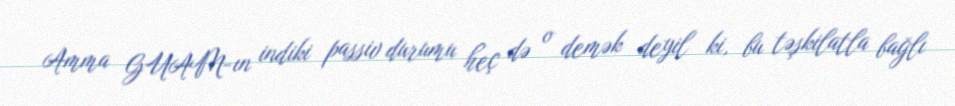
Amma GUAM-ın indiki passiv durumu heç də o demək deyil ki, bu təşkilatla bağlı